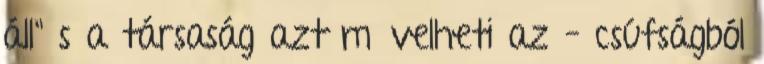
áll" s a társaság azt művelheti az – csúfságból